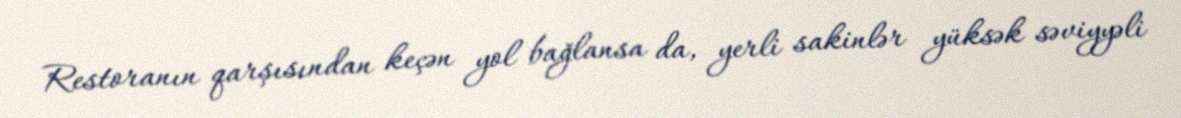
Restoranın qarşısından keçən yol bağlansa da, yerli sakinlər yüksək səviyyəli